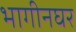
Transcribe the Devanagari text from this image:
भागीनघर